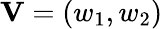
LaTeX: \textbf{V}=(w_{1},w_{2})